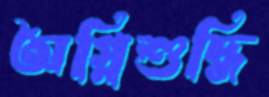
অগ্নিশুদ্ধি